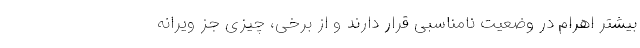
بیشتر اهرام در وضعیت نامناسبی قرار دارند و از برخی، چیزی جز ویرانه